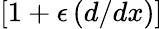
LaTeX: [1+\epsilon\, (d/dx)]